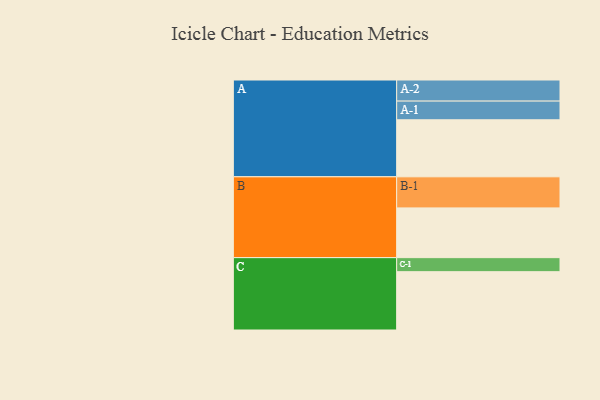
{"axis": {"x": "Segment", "y": "Value"}, "legend": ["", "A", "B", "C"], "data": [{"x": "A", "y": 492, "type": ""}, {"x": "B", "y": 429, "type": ""}, {"x": "C", "y": 503, "type": ""}, {"x": "A-1", "y": 161, "type": "A"}, {"x": "A-2", "y": 182, "type": "A"}, {"x": "B-1", "y": 268, "type": "B"}, {"x": "C-1", "y": 121, "type": "C"}]}